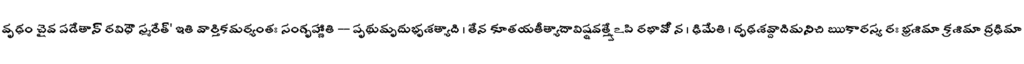
వృఢం చైవ పడేతాన్ రవిధౌ స్మరేత్' ఇతి వార్తికమర్యంతః సంగృహ్ణాతి -- పృథుమృదుభృశత్యాది । తేన కూతయతీత్యాదావిష్ఠవత్త్వేఽపి రభావో న । ఢిమేతి । దృఢశవ్దాదిమనిచి ఋకారస్య రః భ్రశిమా క్రశిమా ద్రఢిమా